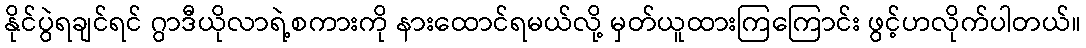
နိုင်ပွဲရချင်ရင် ဂွာဒီယိုလာရဲ့စကားကို နားထောင်ရမယ်လို့ မှတ်ယူထားကြကြောင်း ဖွင့်ဟလိုက်ပါတယ်။